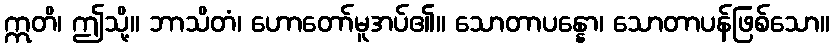
ဣတိ၊ ဤသို့။ ဘာသိတံ၊ ဟောတော်မူအပ်၏။ သောတာပန္နော၊ သောတာပန်ဖြစ်သော။